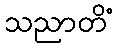
သညာတိံ